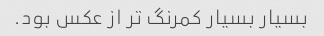
بسیار بسیار کمرنگ تر از عکس بود.